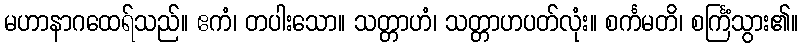
မဟာနာဂထေရ်သည်။ ဧကံ၊ တပါးသော။ သတ္တာဟံ၊ သတ္တာဟပတ်လုံး။ စင်္ကမတိ၊ စင်္ကြံသွား၏။